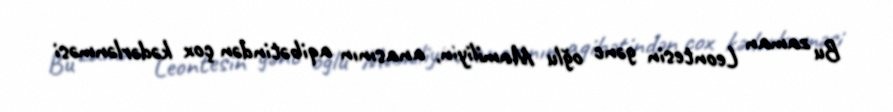
Bu zaman Leontesin gənc oğlu Mamiliyin, anasının aqibətindən çox kədərlənməsi